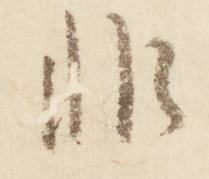
非